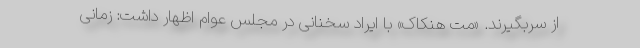
از سربگیرند. «مت هنکاک» با ایراد سخنانی در مجلس عوام اظهار داشت: زمانی